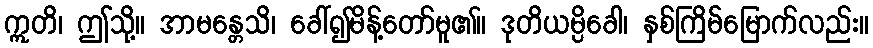
ဣတိ၊ ဤသို့။ အာမန္တေသိ၊ ခေါ်၍မိန့်တော်မူ၏။ ဒုတိယမ္ပိခေါ၊ နှစ်ကြိမ်မြောက်လည်း။